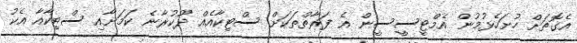
އެގޮތަށް ހުށަހެޅުމުން އެމްޓީސީސީން އެ ފަރާތްތަކަށް ސްޓިކާއެއް ދޫކުރާނެ ކަމަށާއި ސްޓިކާއާ އެކު